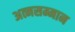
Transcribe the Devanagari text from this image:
अत्मसम्मान